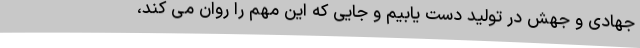
جهادی و جهش در تولید دست یابیم و جایی که این مهم را روان می کند،